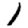
Digit: 1